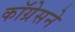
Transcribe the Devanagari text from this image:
कॉग्रेसने